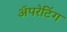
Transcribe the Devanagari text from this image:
ॲपरेटिंग